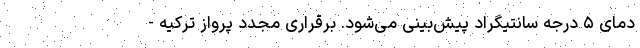
دمای ۵ درجه سانتیگراد پیش‌بینی می‌شود. برقراری مجدد پرواز ترکیه -